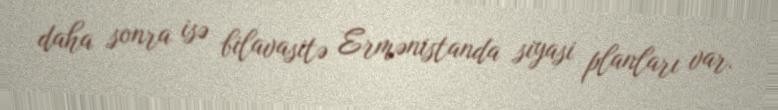
daha sonra isə bilavasitə Ermənistanda siyasi planları var.